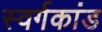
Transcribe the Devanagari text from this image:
स्वर्गकांड